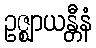
ဥဇ္ဈာယန္တီနံ